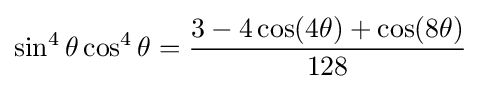
\sin ^{4}\theta \cos ^{4}\theta ={\frac {3-4\cos(4\theta )+\cos(8\theta )}{128}}